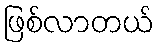
ဖြစ်လာတယ်